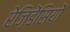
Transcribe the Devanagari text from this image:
रेज़िडेंसियों